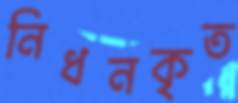
নিধনকৃত